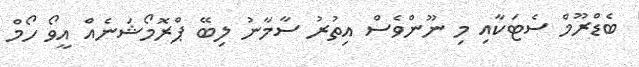
ބެޑްރޫމް ސެޓަކާއި މި ނޫންވެސް އިތުރު ސާމާނު ލިބޭ ޕްރޮމޯޝަނެއް އީވޯ ހޯމް